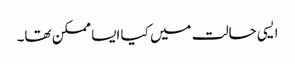
ایسی حالت میں کیا ایسا ممکن تھا۔